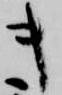
キ